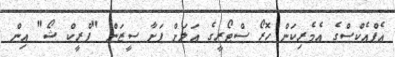
އެފްއެކްސްގެ އެމެރިކަން ހޮރޯ ސްޓޯރީގެ އަލަށް ފަށާ ސީޒަން "ފްރީކް ޝޯ" އިން